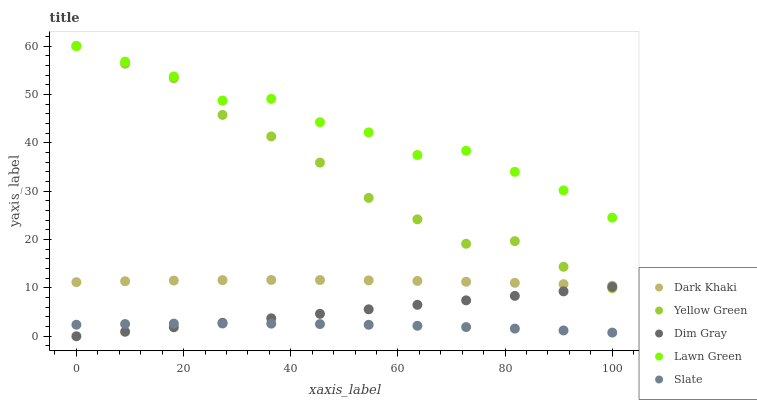
| xaxis_label | Dark Khaki | Yellow Green | Dim Gray | Lawn Green | Slate |
 | --- | --- | --- | --- | --- | --- |
 | 0 | 11.2 | 60 | 0 | 60 | 2.38 |
 | 9.09 | 11.4 | 56.3 | 0.928 | 56.8 | 2.53 |
 | 18.2 | 11.5 | 53.3 | 1.86 | 53.7 | 2.61 |
 | 27.3 | 11.6 | 45.8 | 2.78 | 48.7 | 2.64 |
 | 36.4 | 11.6 | 41.3 | 3.71 | 49.1 | 2.61 |
 | 45.5 | 11.6 | 35.9 | 4.64 | 44.2 | 2.52 |
 | 54.5 | 11.6 | 28.6 | 5.57 | 42.1 | 2.37 |
 | 63.6 | 11.4 | 24.2 | 6.5 | 37.5 | 2.16 |
 | 72.7 | 11.3 | 19.1 | 7.42 | 38.3 | 1.9 |
 | 81.8 | 11 | 19.7 | 8.35 | 34 | 1.58 |
 | 90.9 | 10.8 | 14.4 | 9.28 | 30.2 | 1.2 |
 | 100 | 10.4 | 9.93 | 10.2 | 24.5 | 0.758 |